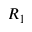
R _ { 1 }